Insane asylums in Bengal annual reports 1867-1875 - 1867-1875
Year: 1867
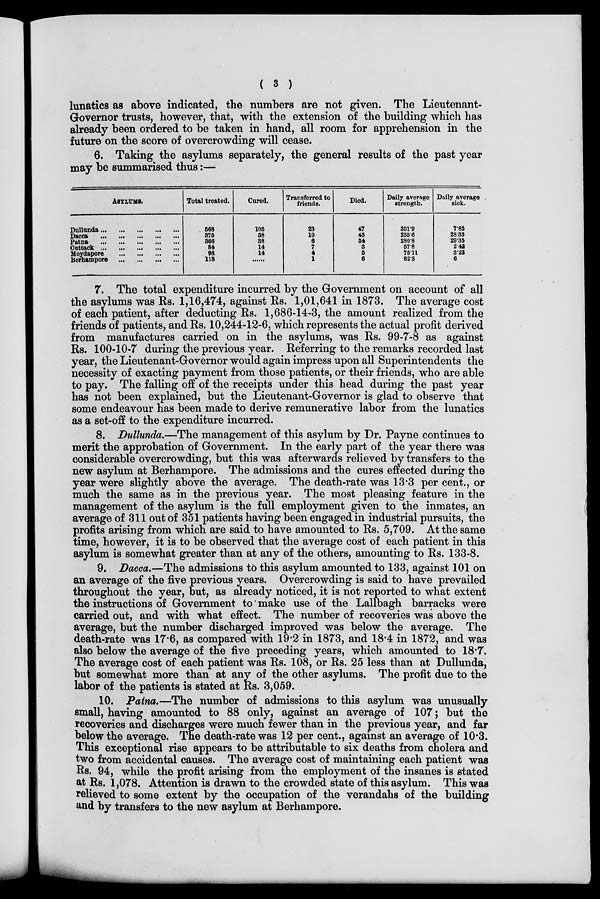
( 3 )
lunatics as above indicated, the numbers are not given. The Lieutenant-
Governor trusts, however, that, with the extension of the building which has
already been ordered to be taken in hand, all room for apprehension in the
future on the score of overcrowding will cease.
6. Taking the asylums separately, the general results of the past year
may be summarised thus:—
ASYLUMS.
Dullunda
...
...
...
...
...
Dacca
...
...
...
...
...
Patna
...
...
...
...
...
Cattack ... ... ... ... ...
Moydapore ... ... ... ...
Berhampore... ... ... ...
Total treated.
568
375
366
84
98
118
Cured.
105
38
38
14
14
......
Transferred to
friends.
23
10
6
7
4
1
Died.
47
45
34
3
5
6
Daily average
strength.
351.9
255.6
280.8
57.8
75.11
82.3
Daily average
sick.
7.85
28.85
29.35
2.42
3.23
6
7. The total expenditure incurred by the Government on account of all
the asylums was Rs. 1,16,474, against Rs. 1,01,641 in 1873. The average cost
of each patient, after deducting Rs. 1,686-14-3, the amount realized from the
friends of patients, and Rs. 10,244-12-6, which represents the actual profit derived
from manufactures carried on in the asylums, was Rs. 99-7-8 as against
Rs. 100-10-7 during the previous year. Referring to the remarks recorded last
year, the Lieutenant-Governor would again impress upon all Superintendents the
necessity of exacting payment from those patients, or their friends, who are able
to pay. The falling off of the receipts under this head during the past year
has not been explained, but the Lieutenant-Governor is glad to observe that
some endeavour has been made to derive remunerative labor from the lunatics
as a set-off to the expenditure incurred.
8. Dullunda.—The management of this asylum by Dr. Payne continues to
merit the approbation of Government. In the early part of the year there was
considerable overcrowding, but this was afterwards relieved by transfers to the
new asylum at Berhampore. The admissions and the cures effected during the
year were slightly above the average. The death-rate was 13.3 per cent., or
much the same as in the previous year. The most pleasing feature in the
management of the asylum is the full employment given to the inmates, an
average of 311 out of 351 patients having been engaged in industrial pursuits, the
profits arising from which are said to have amounted to Rs. 5,709. At the same
time, however, it is to be observed that the average cost of each patient in this
asylum is somewhat greater than at any of the others, amounting to Rs. 133-8.
9. Dacca.—The admissions to this asylum amounted to 133, against 101 on
an average of the five previous years. Overcrowding is said to have prevailed
throughout the year, but, as already noticed, it is not reported to what extent
the instructions of Government to make use of the Lallbagh barracks were
carried out, and with what effect. The number of recoveries was above the
average, but the number discharged improved was below the average. The
death-rate was 17.6, as compared with 19.2 in 1873, and 18.4 in 1872, and was
also below the average of the five preceding years, which amounted to 18.7.
The average cost of each patient was Rs. 108, or Rs. 25 less than at Dullunda,
but somewhat more than at any of the other asylums. The profit due to the
labor of the patients is stated at Rs. 3,059.
10. Patna.—The number of admissions to this asylum was unusually
small, having amounted to 88 only, against an average of 107; but the
recoveries and discharges were much fewer than in the previous year, and far
below the average. The death-rate was 12 per cent., against an average of 10.3.
This exceptional rise appears to be attributable to six deaths from cholera and
two from accidental causes. The average cost of maintaining each patient was
Rs. 94, while the profit arising from the employment of the insanes is stated
at Rs. 1,078. Attention is drawn to the crowded state of this asylum. This was
relieved to some extent by the occupation of the verandahs of the building
and by transfers to the new asylum at Berhampore.